Report on vaccination in Madras 1895-1903 - 1895-1903
Year: 1895
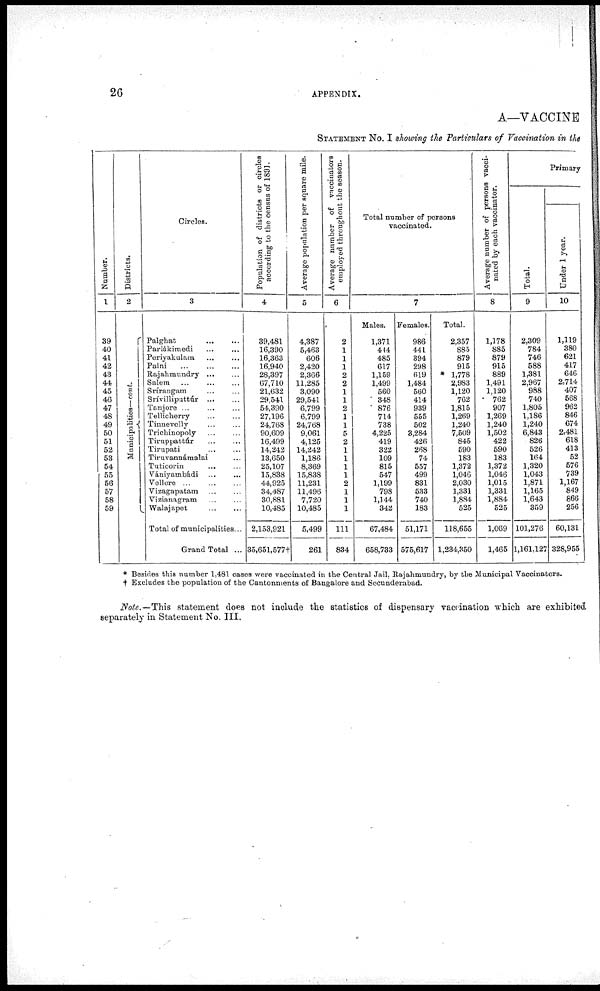
26
APPENDIX.
A—VACCINE
STATEMENT No. I showing the Particulars of Vaccination in the
Number.
1
39
40
41
42
43
44
45
46
47
48
49
50
51
52
53
54
55
56
57
58
59
Districts.
2
Municipalities— cont.
Circles.
3
Palghat
...
...
Parlákimedi
...
...
Periyakulam ... ...
Palni
...
...
...
Rajahmundry ... ...
Salem ... ... ...
Srírangam ... ...
Srívilliputtúr ... ...
Tanjore ...
...
...
Tellicherry
...
...
Tinnevelly ... ...
Trichinopoly ... ...
Tiruppattúr ... ...
Tirupati ... ...
Tiruvannámalai ...
Tuticorin ... ...
Vániyambádi ... ...
Vellore ... ... ...
Vizagapatam ... ...
Vizianagram ... ...
Walajapet
...
...
Total of municipalities...
Grand Total ...
Population of districts or circles
according to the census of 1891.
4
39,481
16,390
16,363
16,940
28,397
67,710
21,632
29,541
54,390
27,196
24,768
90,609
16,499
14,242
13,650
25,107
15,838
44,925
34,487
30,881
10,485
2,153,921
35,651,577†
Average population per square mile.
5
4,387
5,463
606
2,420
2,366
11,285
3,090
29,541
6,799
6,799
24,768
9,061
4,125
14,242
1,186
8,369
15,838
11,231
11,496
7,720
10,485
5,499
261
Average number of vaccinators
employed throughout the season.
6
2
1
1
1
2
2
1
1
2
1
1
5
2
1
1
1
1
2
1
1
1
111
834
Total number of persons
vaccinated.
7
Males.
1,371
444
485
617
1,159
1,499
560
348
876
714
738
4,225
419
322
109
815
547
1,199
798
1,144
342
67,484
658,733
Females.
986
441
894
298
619
1,484
560
414
939
555
502
3,284
426
268
74
557
499
831
533
740
183
51,171
575,617
Total.
2,357
885
879
915
* 1,778
2,983
1,120
762
1,815
1,269
1,240
7,509
845
590
183
1,372
1,046
2,030
1,331
1,884
525
118,655
1,234,350
Average number of persons vacci-
nated by each vaccinator.
8
1,178
885
879
915
889
1,491
1,120
762
907
1,269
1,240
1,502
422
590
183
1,372
1,046
1,015
1,331
1,884
525
1,069
1,465
Primary
Total.
9
2,309
784
746
588
1,381
2,967
988
740
1,805
1,186
1,240
6,843
826
526
164
1,320
1,043
1,871
1,165
1,643
359
101,276
1,161,127
Under 1 year.
10
1,119
380
621
417
646
2,714
407
568
962
846
674
2,481
618
413
52
576
739
1,167
849
866
256
60,131
328,955
* Besides this number 1,481 cases were vaccinated in the Central Jail, Rajahmundry, by the Municipal Vaccinators.
† Excludes the population of the Cantonments of Bangalore and Secunderabad.
Note.—This statement does not include the statistics of dispensary vaccination which are exhibited
separately in Statement No. III.